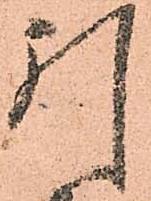
引